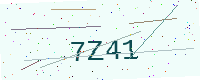
Text: 7Z41